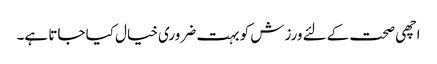
اچھی صحت کےلئے ورزش کو بہت ضروری خیال کیا جاتا ہے۔